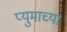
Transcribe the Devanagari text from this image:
प्युमाच्या